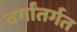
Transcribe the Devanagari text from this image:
वर्गांतर्गत